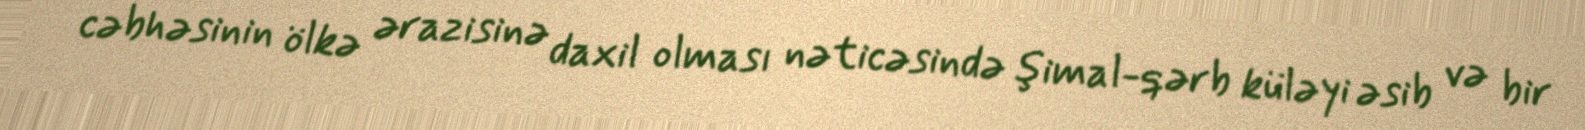
cəbhəsinin ölkə ərazisinə daxil olması nəticəsində şimal-qərb küləyi əsib və bir